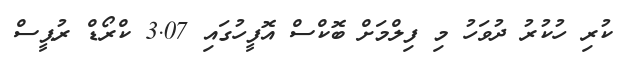
ކުރި ހުކުރު ދުވަހު މި ފިލްމަށް ބޮކްސް އޮފީހުގައި 3.07 ކްރޯޑް ރުޕީސް